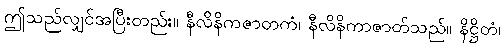
ဤသည်လျှင်အပြီးတည်း။ နီလိနိကဇာတကံ၊ နီလိနိကာဇာတ်သည်။ နိဋ္ဌိတံ၊